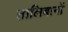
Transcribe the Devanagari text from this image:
तालिबानों